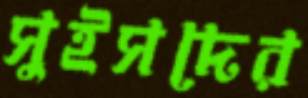
সুইসদের